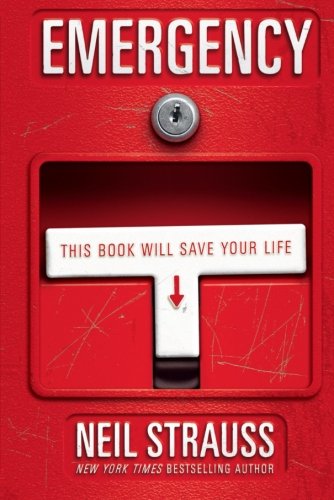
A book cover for Emergency: This Book Will Save Your Life; Neil Strauss; Politics & Social Sciences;